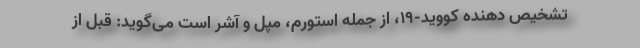
تشخیص دهنده کووید-۱۹، از جمله استورم، مپل و آشر است می‌گوید: قبل از